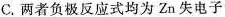
C.两者负极反应式均为Zn失电子